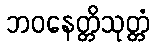
ဘဝနေတ္တိသုတ္တံ